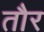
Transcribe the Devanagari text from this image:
तौर